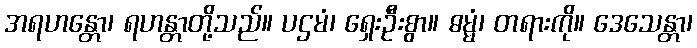
အရဟန္တော၊ ရဟန္တာတို့သည်။ ပဌမံ၊ ရှေးဦးစွာ။ ဓမ္မံ၊ တရားကို။ ဒေသေန္တာ၊